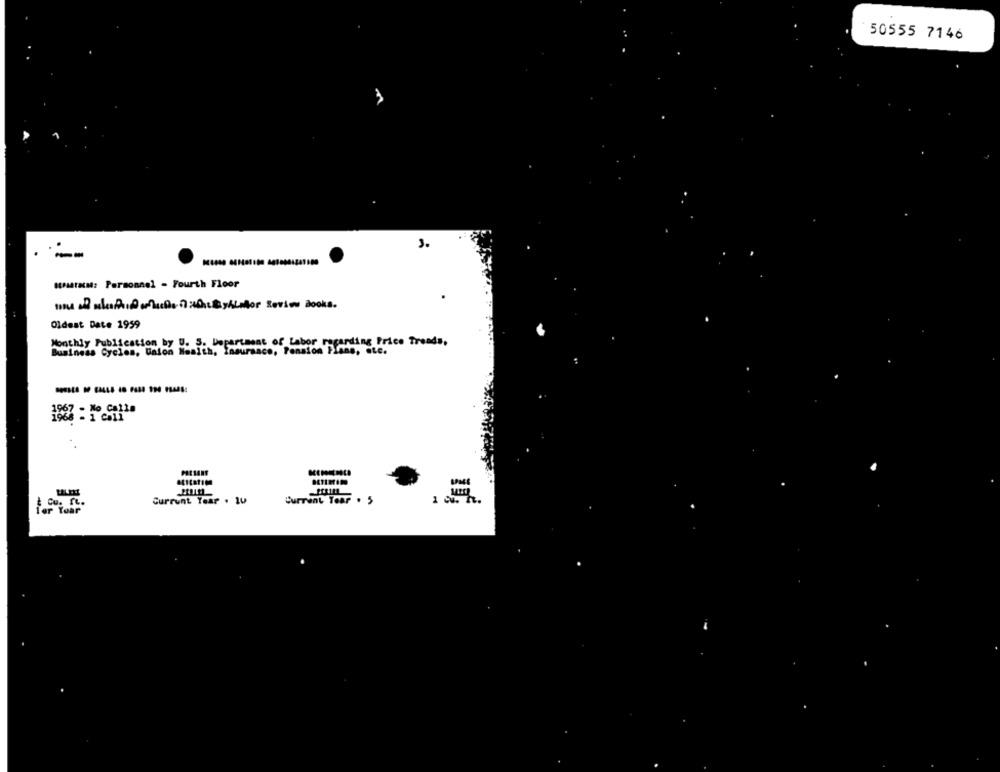
50555 7146
.
3.
--
HMMTHEM: Personnel - Fourth Floor
une and with whatet&yALafor Review Books.
Oldest Date 1959
y U. S. Department of Labor regarding Price Trends,
Business Cycles, Union Health, Insurance, Pension Plans, etc.
Current Year . 10
Current Tear . 5